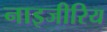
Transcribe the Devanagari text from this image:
नाइजीरिय